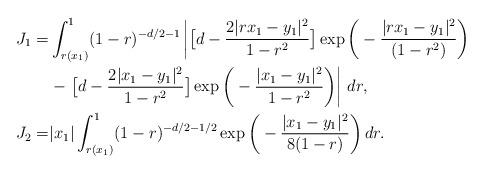
LaTeX: \begin{align*}J_1=&\int_{r(x_1)}^1 (1-r)^{-d/2-1}\left|\big[d-\frac{2|rx_1-y_1|^2}{1-r^2}\big]\exp\bigg(-\frac{|rx_1-y_1|^2}{(1-r^2)}\bigg)\right.\\&-\left.\big[d-\frac{2|x_1-y_1|^2}{1-r^2}\big]\exp\bigg(-\frac{|x_1-y_1|^2}{1-r^2}\bigg)\right|\,dr,\\J_2=&|x_1|\int_{r(x_1)}^1(1-r)^{-d/2-1/2}\exp\bigg(-\frac{|x_1-y_1|^2}{8(1-r)}\bigg)\,dr.\end{align*}